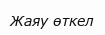
Жаяу өткел